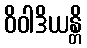
ဝိဝါဒိယန္တိ